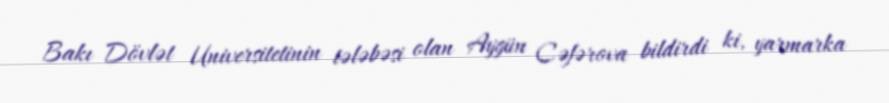
Bakı Dövlət Universitetinin tələbəsi olan Aygün Cəfərova bildirdi ki, yarmarka